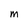
Character: M